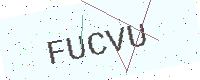
Text: FUCVU